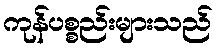
ကုန်ပစ္စည်းများသည်